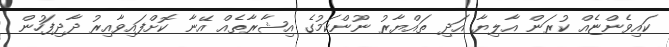
ކައިވެންޏެއް ކުރަން އާލިޔާ އަދި ތައްޔާރު ނޫންކަމުގެ އިޝާރާތެއް އޭނާ ކޮށްފައިވާއިރު ދާދިފަހުން